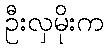
ဦးလှမိုးက